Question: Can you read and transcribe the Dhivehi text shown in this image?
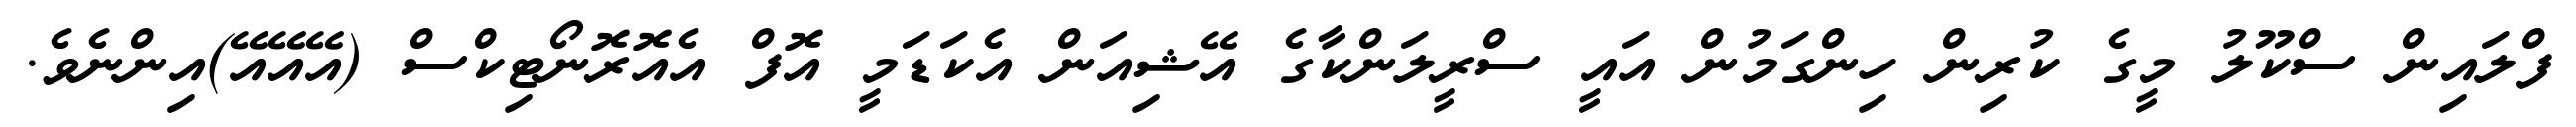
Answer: ފްލައިން ސްކޫލު މީގެ ކުރިން ހިންގަމުން އައީ ސްރީލަންކާގެ އޭޝިއަން އެކަޑަމީ އޮފް އެއޮރޮނޯޓިކްސް (އޭއޭއޭ)އިންނެވެ.